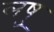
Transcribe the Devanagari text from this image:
लषु